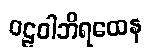
ဝဠဝါဘိရထေန